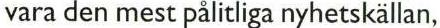
vara den mest pålitliga nyhetskällan,